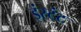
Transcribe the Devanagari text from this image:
इंस्टंट